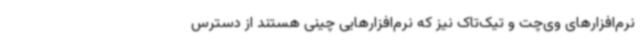
نرم‌افزارهای وی‌چت و تیک‌تاک نیز که نرم‌افزارهایی چینی هستند از دسترس